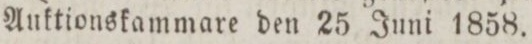
Auktionskammare den 25 Juni 1858.